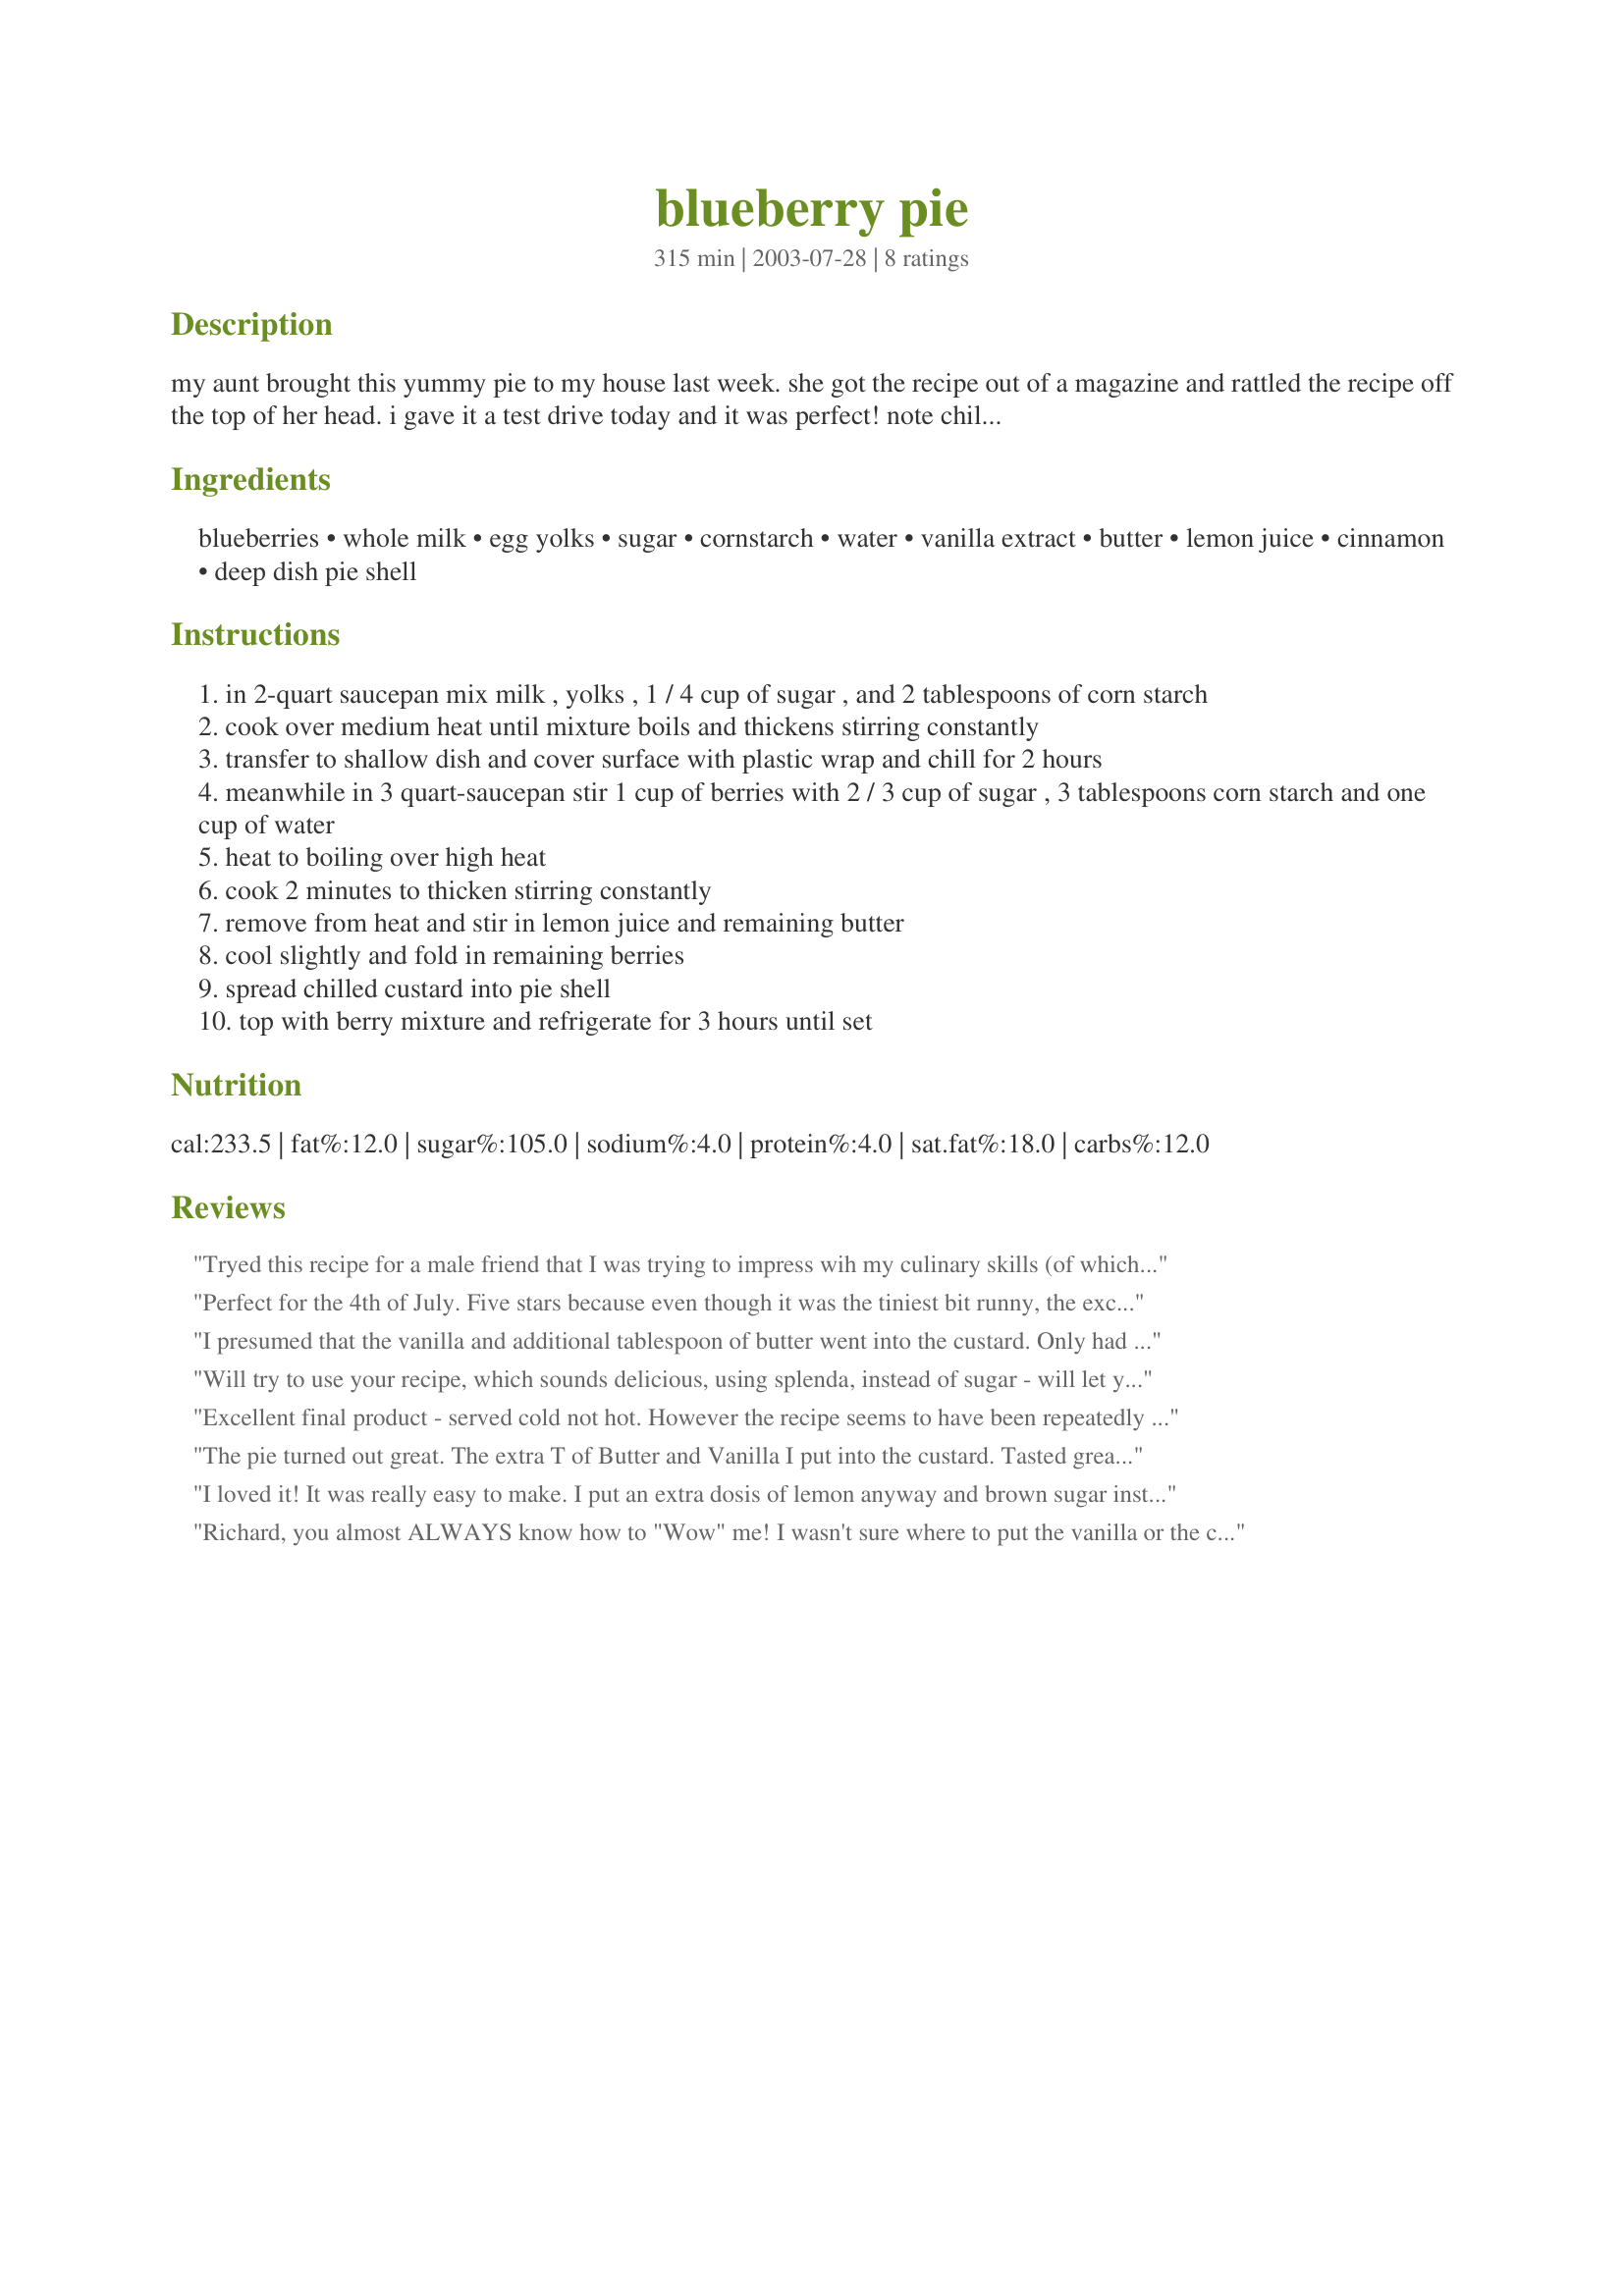
blueberry pie
Preparation time: 315 minutes

my aunt brought this yummy pie to my house last week. she got the recipe out of a magazine and rattled the recipe off the top of her head. i gave it a test drive today and it was perfect! note chilling time is included in cook time.

Ingredients:
blueberries, whole milk, egg yolks, sugar, cornstarch, water, vanilla extract, butter, lemon juice, cinnamon, deep dish pie shell

Steps:
in 2-quart saucepan mix milk , yolks , 1 / 4 cup of sugar , and 2 tablespoons of corn starch
cook over medium heat until mixture boils and thickens stirring constantly
transfer to shallow dish and cover surface with plastic wrap and chill for 2 hours
meanwhile in 3 quart-saucepan stir 1 cup of berries with 2 / 3 cup of sugar , 3 tablespoons corn starch and one cup of water
heat to boiling over high heat
cook 2 minutes to thicken stirring constantly
remove from heat and stir in lemon juice and remaining butter
cool slightly and fold in remaining berries
spread chilled custard into pie shell
top with berry mixture and refrigerate for 3 hours until set

Reviews:
Tryed this recipe for a male friend that I was trying to impress wih my culinary skills (of which I have none) after he said his favorite dessert was bueberry pie.I followed the recipe exactly and it sure worked. Thanks
Perfect for the 4th of July. Five stars because even though it was the tiniest bit runny, the excellent flavor overcame everything else. Used the crust recommended, and overall this pie turned out excellent! I baked it for 50 minutes exactly on 400 (and it could've gone a bit longer, to be honest). Used foil around the edges the entire time (forgetting that I had an edge cover, ha) and made a foil tent for the top at about 30 minutes, as it was getting brown already. Turned out yummier than I'd imagined. Next time I will let it cook longer, cool longer, and yes, add a bit of corn starch for good measure. Either way, taste is excellent and my son - who doesn't love fruit pies - was licking his plate!
I presumed that the vanilla and additional tablespoon of butter went into the custard. Only had frozen blueberries so cooked half in the pot and added the second half before I let mixture cool at all. Also added 1/2 teaspoon of orange extract to blueberry mixture (automatically without thinking because I always add orange extract to blueberry mixtures - not because I intended to change the recipe.) This pie was excellent and will definitely replace my old blueberry pie recipe. Thank you Richard.
Will try to use your recipe, which sounds delicious, using splenda, instead of sugar - will let you know the results - Biz
Excellent final product - served cold not hot. However the recipe seems to have been repeatedly edited. Both the ingredients list and the previous reviews mention items not included in the recipe - so you'll need to be creative with these instructions.
The pie turned out great. The extra T of Butter and Vanilla I put into the custard. Tasted great and I got rave reviews from my family and co-workers. Thanks!
I loved it! It was really easy to make. I put an extra dosis of lemon anyway and brown sugar instead of white one. It was just perfect if you prefer less sweetener and more blueberry taste! I also made it with andean blueberry.
Richard, you almost ALWAYS know how to "Wow" me! I wasn't sure where to put the vanilla or the cinnamon, so I put them in with the blueberries. My kids came home from school and gobbled half the pie right up! Thank you so much! Keep em comin big guy! LA :-)
